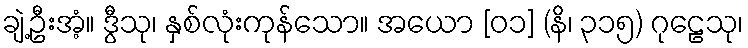
ချဲ့ဦးအံ့။ ဒွီသု၊ နှစ်လုံးကုန်သော။ အယော [၀၁] (နိ၊ ၃၁၅) ဂုဠေသု၊